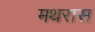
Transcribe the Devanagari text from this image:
मथरास